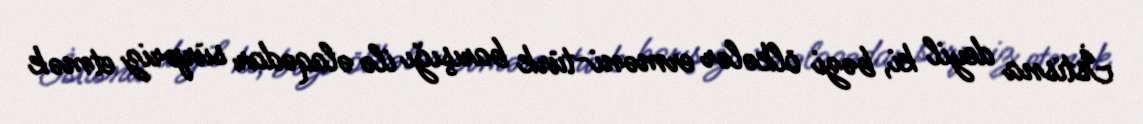
İstisna deyil ki, bəzi ölkələr erməni-türk barışığı ilə əlaqədar sürpriz etmək